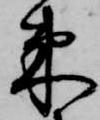
束